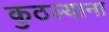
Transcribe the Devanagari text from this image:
कुठल्याना